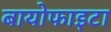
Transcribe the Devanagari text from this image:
बायोफाइटा